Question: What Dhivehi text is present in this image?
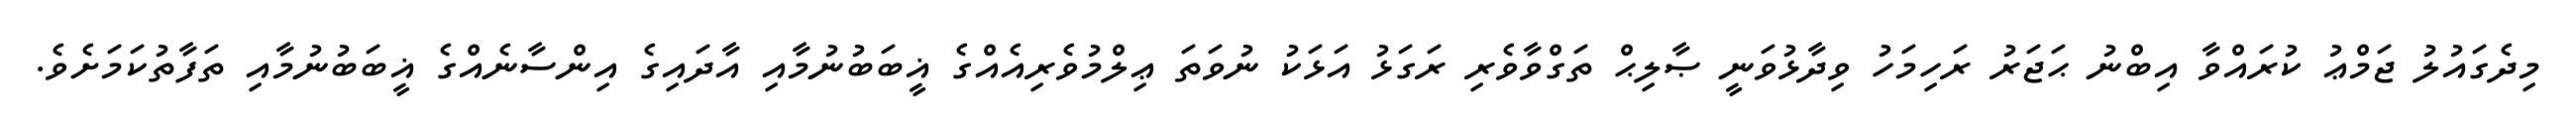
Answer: މިދެގައުލު ޖަމްޢު ކުރައްވާ އިބްނު ޙަޖަރު ރަހިމަހު ވިދާޅުވަނީ ޞާލިޙް ތަގްވާވެރި ރަގަޅު އަޅަކު ނުވަތަ ޢިލްމުވެރިއެއްގެ ޣީބަބުނުމާއި އާދައިގެ އިންސާނެއްގެ ޣީބަބުނުމާއި ތަފާތުކަމަށެވެ.